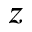
z